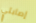
إصابتي